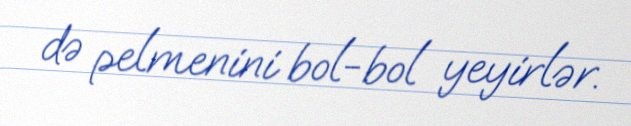
də pelmenini bol-bol yeyirlər.